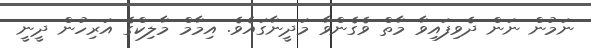
ނަމުން ނަން ދެވިފައިވާ މާތް ވެގެންވާ މަދީނާގައެވެ. އިމާމް މާލިކްގެ އަރިހުން ދީނީ